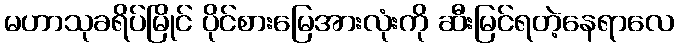
မဟာသုခရိပ်မြိုင် ပိုင်စားမြေအားလုံးကို ဆီးမြင်ရတဲ့နေရာလေ